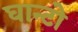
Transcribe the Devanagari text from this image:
घान्टो